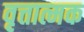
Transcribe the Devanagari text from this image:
वृत्तात्मक